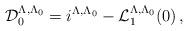
LaTeX: \begin{align*} \mathcal{D}^{\Lambda, \Lambda_0}_0 = i^{\Lambda, \Lambda_0} - \mathcal{L}^{\Lambda, \Lambda_0}_1 (0) \, , \qquad \qquad \qquad \quad \,\end{align*}